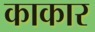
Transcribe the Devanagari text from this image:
काकार